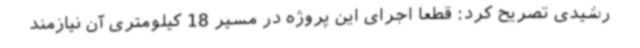
رشیدی تصریح کرد: قطعا اجرای این پروژه در مسیر 18 کیلومتری آن نیازمند